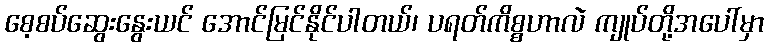
စေ့စပ်ဆွေးနွေးယင် အောင်မြင်နိုင်ပါတယ်၊ ပရတ်ကိစ္စဟာလဲ ကျုပ်တို့အပေါ်မှာ